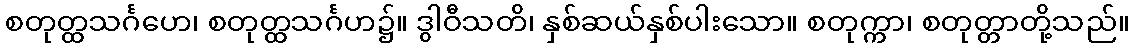
စတုတ္ထသင်္ဂဟေ၊ စတုတ္ထသင်္ဂဟ၌။ ဒွါဝီသတိ၊ နှစ်ဆယ်နှစ်ပါးသော။ စတုက္ကာ၊ စတုတ္တာတို့သည်။